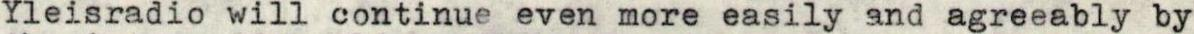
Yleisradio will continue even more easily and agreeably by